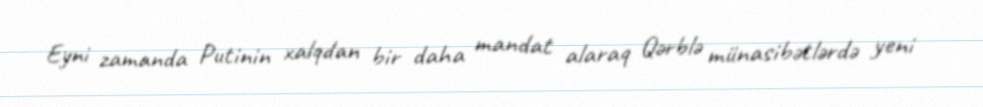
Eyni zamanda Putinin xalqdan bir daha mandat alaraq Qərblə münasibətlərdə yeni